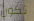
تكون